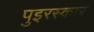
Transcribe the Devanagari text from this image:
पुइरस्कार